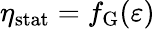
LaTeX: \eta_{\mathrm{stat}}=f_{\mathrm{G}}(\varepsilon)